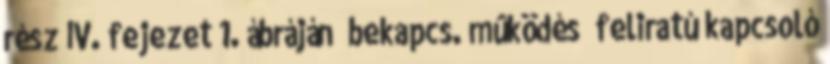
rész IV. fejezet 1. ábráján „bekapcs. mûködés” feliratú kapcsoló